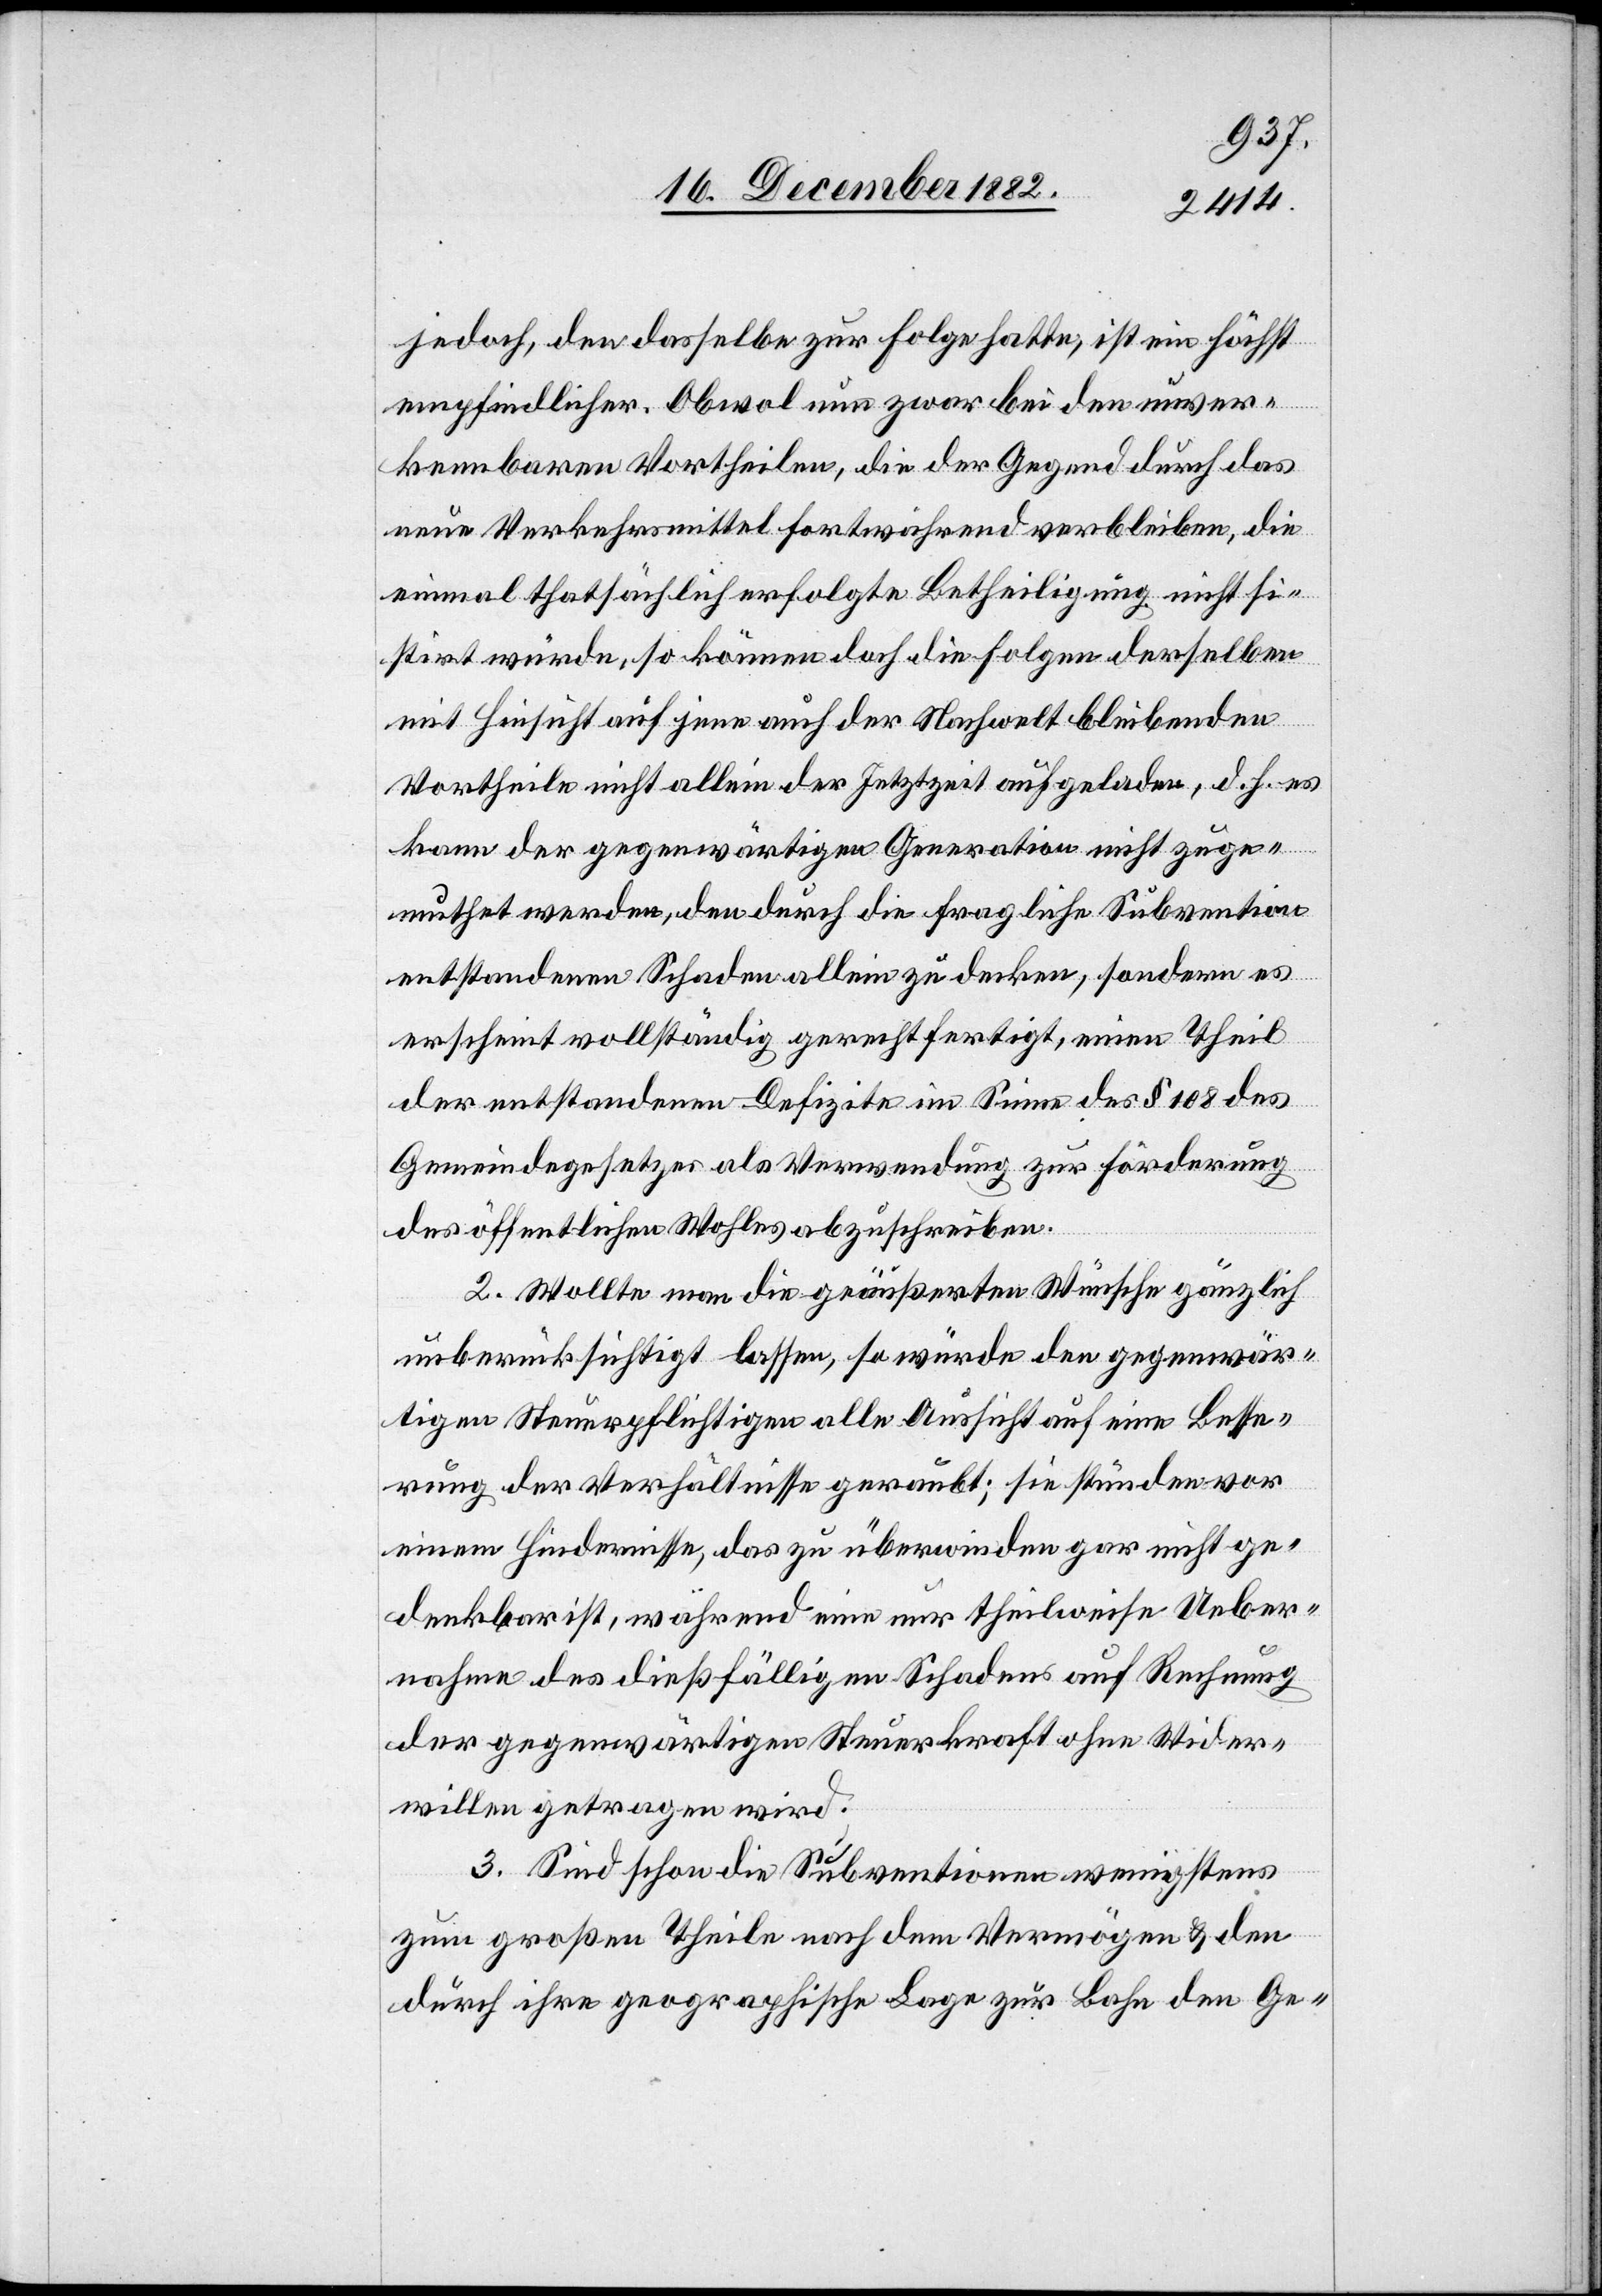
jedoch, den dasselbe zur Folge hatte, ist ein höchst
empfindlicher. Obwol nun zwar bei den unver¬
kennbaren Vortheilen, die der Gegend durch das
neue Verkehrsmittel fortwährend verbleiben, die
einmal thatsächlich erfolgte Betheiligung nicht si¬
stirt würde, so können doch die Folgen derselben
mit Hinsicht auf jene auch der Nachwelt bleibenden
Vortheile nicht allein der Jetztzeit aufgeladen, d. h. es
kann der gegenwärtigen Generation nicht zuge¬
muthet werden, den durch die fragliche Subvention
entstandenen Schaden allein zu decken, sondern es
erscheint vollständig gerechtfertigt, einen Theil
der entstandenen Defizite im Sinne des § 108 des
Gemeindegesetzes als Verwendung zur Förderung
des öffentlichen Wohles abzuschreiben.
2. Wollte man die geäußerten Wünsche gänzlich
unberücksichtigt lassen, so würde den gegenwär¬
tigen Steuerpflichtigen alle Aussicht auf eine Besse¬
rung der Verhältnisse geraubt; sie stünden vor
einem Hindernisse, das zu überwinden gar nicht ge¬
denkbar ist, während eine nur theilweise Ueber¬
nahme des dießfälligen Schadens auf Rechnung
der gegenwärtigen Steuerkraft ohne Wider¬
willen getragen wird.
3. Sind schon die Subventionen wenigstens
zum großen Theile nach dem Vermögen & den
durch ihre geographische Lage zur Bahn den Ge-